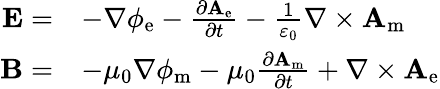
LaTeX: {\begin{array}{rl}{\mathbf{E}=}&{-\nabla\phi_{\mathrm{e}}-{\frac{\partial\mathbf{A}_{\mathrm{e}}}{\partial t}}-{\frac{1}{\varepsilon_{0}}}\nabla\times\mathbf{A}_{\mathrm{m}}}\\ {\mathbf{B}=}&{-\mu_{0}\nabla\phi_{\mathrm{m}}-\mu_{0}{\frac{\partial\mathbf{A}_{\mathrm{m}}}{\partial t}}+\nabla\times\mathbf{A}_{\mathrm{e}}}\end{array}}